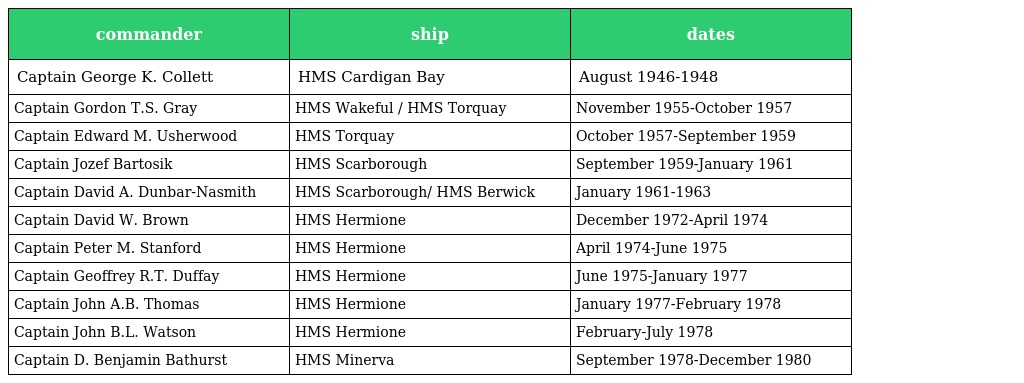
| commander | ship | dates |
 | --- | --- | --- |
 | Captain George K. Collett | HMS Cardigan Bay | August 1946-1948 |
 | Captain Gordon T.S. Gray | HMS Wakeful / HMS Torquay | November 1955-October 1957 |
 | Captain Edward M. Usherwood | HMS Torquay | October 1957-September 1959 |
 | Captain Jozef Bartosik | HMS Scarborough | September 1959-January 1961 |
 | Captain David A. Dunbar-Nasmith | HMS Scarborough/ HMS Berwick | January 1961-1963 |
 | Captain David W. Brown | HMS Hermione | December 1972-April 1974 |
 | Captain Peter M. Stanford | HMS Hermione | April 1974-June 1975 |
 | Captain Geoffrey R.T. Duffay | HMS Hermione | June 1975-January 1977 |
 | Captain John A.B. Thomas | HMS Hermione | January 1977-February 1978 |
 | Captain John B.L. Watson | HMS Hermione | February-July 1978 |
 | Captain D. Benjamin Bathurst | HMS Minerva | September 1978-December 1980 |